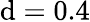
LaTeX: \mathrm{d}=0.4